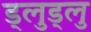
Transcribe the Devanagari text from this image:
ड्लुड्लु